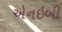
એનઇબી